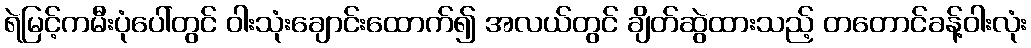
ရဲမြင့်ကမီးပုံပေါ်တွင် ဝါးသုံးချောင်းထောက်၍ အလယ်တွင် ချိတ်ဆွဲထားသည့် တတောင်ခန့်ဝါးလုံး